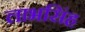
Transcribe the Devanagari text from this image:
लाभसिंह